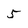
Character: 5